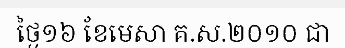
ថ្ងៃ១៦ ខែមេសា គ.ស.២០១០ ជា